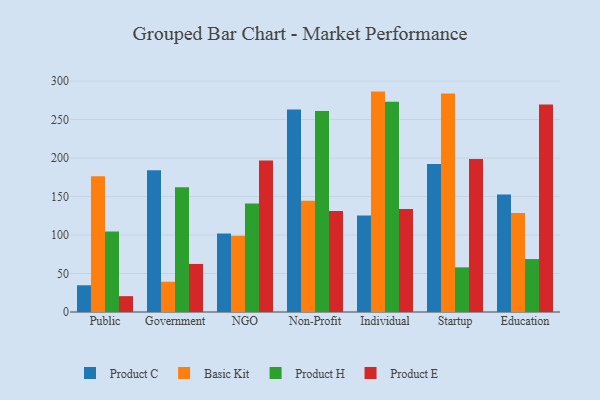
{"axis": {"x": "Segment", "y": "Population (Million)"}, "legend": ["Basic Kit", "Product C", "Product E", "Product H"], "data": [{"x": "Public", "y": 34.7, "type": "Product C"}, {"x": "Public", "y": 176.2, "type": "Basic Kit"}, {"x": "Public", "y": 104.5, "type": "Product H"}, {"x": "Public", "y": 20.6, "type": "Product E"}, {"x": "Government", "y": 184.1, "type": "Product C"}, {"x": "Government", "y": 39.3, "type": "Basic Kit"}, {"x": "Government", "y": 162.0, "type": "Product H"}, {"x": "Government", "y": 62.4, "type": "Product E"}, {"x": "NGO", "y": 101.9, "type": "Product C"}, {"x": "NGO", "y": 99.2, "type": "Basic Kit"}, {"x": "NGO", "y": 141.0, "type": "Product H"}, {"x": "NGO", "y": 196.8, "type": "Product E"}, {"x": "Non-Profit", "y": 263.2, "type": "Product C"}, {"x": "Non-Profit", "y": 144.5, "type": "Basic Kit"}, {"x": "Non-Profit", "y": 261.0, "type": "Product H"}, {"x": "Non-Profit", "y": 131.3, "type": "Product E"}, {"x": "Individual", "y": 125.5, "type": "Product C"}, {"x": "Individual", "y": 286.3, "type": "Basic Kit"}, {"x": "Individual", "y": 273.0, "type": "Product H"}, {"x": "Individual", "y": 133.8, "type": "Product E"}, {"x": "Startup", "y": 192.4, "type": "Product C"}, {"x": "Startup", "y": 283.9, "type": "Basic Kit"}, {"x": "Startup", "y": 58.0, "type": "Product H"}, {"x": "Startup", "y": 198.9, "type": "Product E"}, {"x": "Education", "y": 152.7, "type": "Product C"}, {"x": "Education", "y": 128.5, "type": "Basic Kit"}, {"x": "Education", "y": 68.8, "type": "Product H"}, {"x": "Education", "y": 269.6, "type": "Product E"}]}